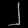
Digit: ၂